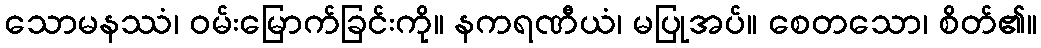
သောမနဿံ၊ ဝမ်းမြောက်ခြင်းကို။ နကရဏီယံ၊ မပြုအပ်။ စေတသော၊ စိတ်၏။